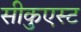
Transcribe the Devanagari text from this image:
सीकुएस्ट